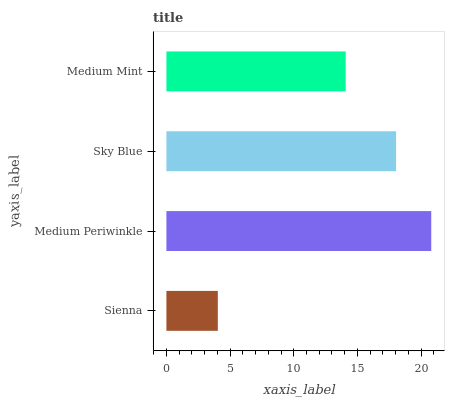
| yaxis_label | bars |
 | --- | --- |
 | Sienna | 4.04 |
 | Medium Periwinkle | 20.8 |
 | Sky Blue | 18 |
 | Medium Mint | 14.1 |